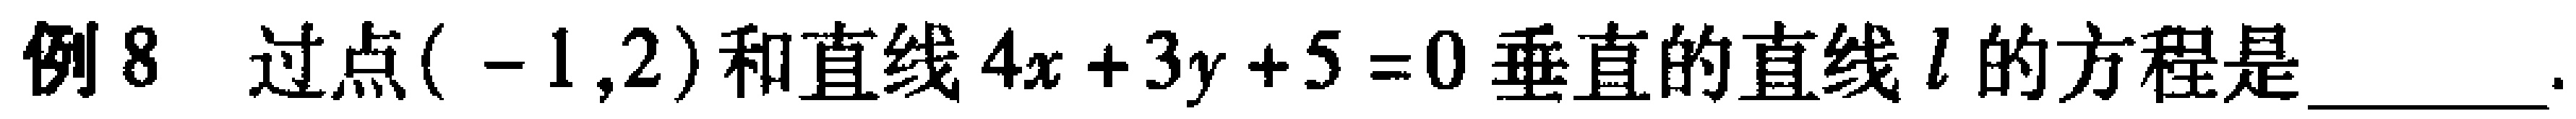
例8 过点\(( - 1,2)\)和直线\(4x + 3y + 5 = 0\)垂直的直线\(l\)的方程是 ________.